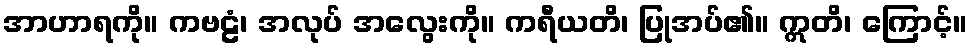
အာဟာရကို။ ကဗဠံ၊ အလုပ် အလွေးကို။ ကရီယတိ၊ ပြုအပ်၏။ ဣတိ၊ ကြောင့်။